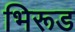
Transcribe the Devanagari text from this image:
भिरूड